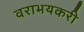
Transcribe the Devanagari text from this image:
वराभयकरी